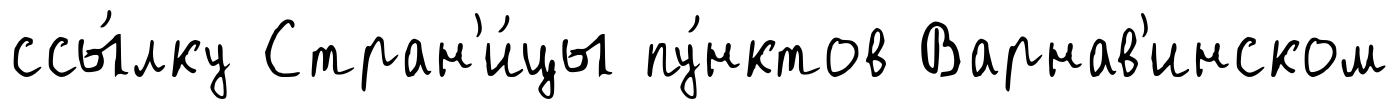
ссы́лку Стран'и́цы пу́нктов Варнав'инском